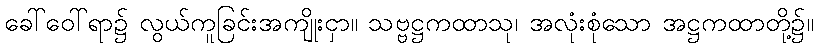
ခေါ်ဝေါ်ရာ၌ လွယ်ကူခြင်းအကျိုးငှာ။ သဗ္ဗဋ္ဌကထာသု၊ အလုံးစုံသော အဋ္ဌကထာတို့၌။